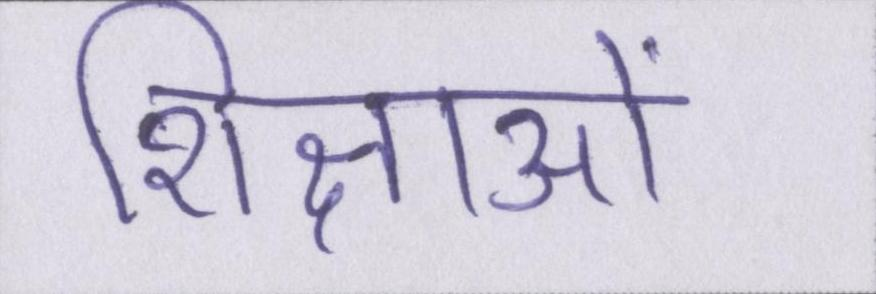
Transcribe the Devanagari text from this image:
शिक्षाओं